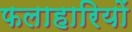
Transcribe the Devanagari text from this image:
फलाहारियों